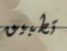
تطبيق